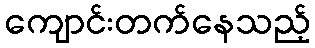
ကျောင်းတက်နေသည့်